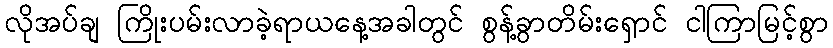
လိုအပ်ချ ကြိုးပမ်းလာခဲ့ရာယနေ့အခါတွင် စွန့်ခွာတိမ်းရှောင် ငါကြာမြင့်စွာ